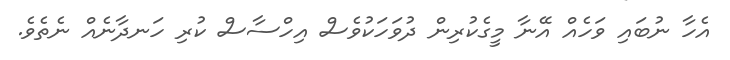
އެހާ ނުބައި ވަހެއް އޭނާ މީގެކުރިން ދުވަހަކުވެސް އިހްސާސް ކުރި ހަނދާނެއް ނެތެވެ.